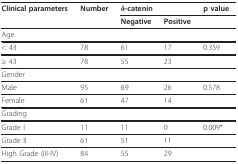
<table><thead><tr><td><b>Clinical parameters</b></td><td><b>Number</b></td><td colspan="2"><b>δ-catenin</b></td><td><b>p value</b></td></tr><tr><td></td><td></td><td><b>Negative</b></td><td><b>Positive</b></td><td></td></tr></thead><tbody><tr><td>Age</td><td></td><td></td><td></td><td></td></tr><tr><td>&lt; 43</td><td>78</td><td>61</td><td>17</td><td>0.359</td></tr><tr><td>≥ 43</td><td>78</td><td>55</td><td>23</td><td></td></tr><tr><td>Gender</td><td></td><td></td><td></td><td></td></tr><tr><td>Male</td><td>95</td><td>69</td><td>26</td><td>0.578</td></tr><tr><td>Female</td><td>61</td><td>47</td><td>14</td><td></td></tr><tr><td>Grading</td><td></td><td></td><td></td><td></td></tr><tr><td>Grade I</td><td>11</td><td>11</td><td>0</td><td>0.009*</td></tr><tr><td>Grade II</td><td>61</td><td>51</td><td>11</td><td></td></tr><tr><td>High Grade (III-IV)</td><td>84</td><td>55</td><td>29</td><td></td></tr></tbody></table>